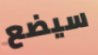
سيضع